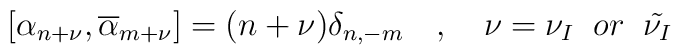
[ \alpha_{n+\nu},\overline{\alpha}_{m+\nu}]=(n+\nu)\delta_{n,-m}\quad,\quad\nu=\nu_I \;\;or\;\; \tilde{\nu_I}